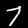
Label: 7